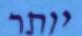
יותר